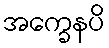
အက္ခေနပိ